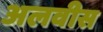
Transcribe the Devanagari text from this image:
अलवीस